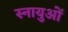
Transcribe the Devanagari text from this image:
स्‍नायुओं